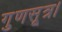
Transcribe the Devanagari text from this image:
गुणसूत्र।